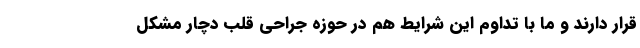
قرار دارند و ما با تداوم این شرایط هم در حوزه جراحی قلب دچار مشکل